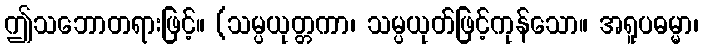
ဤသဘောတရားဖြင့်။ (သမ္ပယုတ္တကာ၊ သမ္ပယုတ်ဖြင့်ကုန်သော။ အရူပဓမ္မာ၊